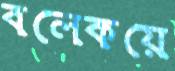
বলেকয়ে